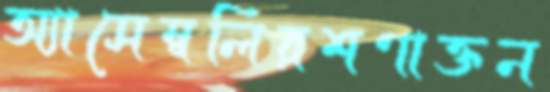
অ্যাসেম্বলিরশণাক্তন